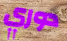
دوري